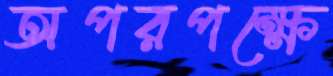
অপরপক্ষে